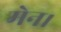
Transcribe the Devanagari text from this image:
मेन।